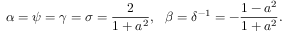
\alpha = \psi = \gamma = \sigma = \frac { 2 } { 1 + a ^ { 2 } } , \ \ \beta = \delta ^ { - 1 } = - \frac { 1 - a ^ { 2 } } { 1 + a ^ { 2 } } .